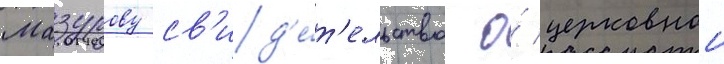
Мазурову св'ид'е́т'ельство о́ церковнои